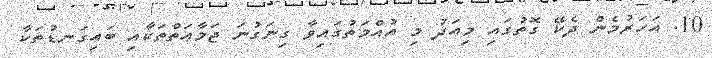
10. އަހަރުމެން ދެކޭ ގޮތުގައި މިއަދު މި އުއްމަތުގައިވާ ގިނަގުނަ ޖަމާޢަތްތަކާއި ބައިގަނޑުތަކާ